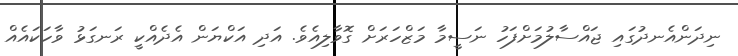
ނިދަންއެނދުގައި ޖައްސާލުމަށްފަހު ނަސީމާ މަޒްހަރަށް ގޮވާލިއެވެ. އަދި އަކްޔަން އެދެއްކީ ރަނގަޅު ވާހަކައެއް